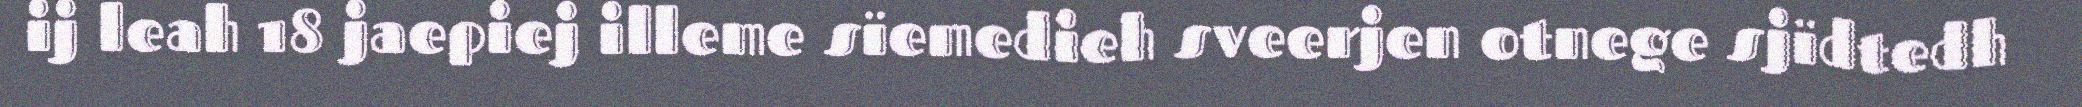
ij leah 18 jaepiej illeme sïemedieh sveerjen otnege sjïdtedh